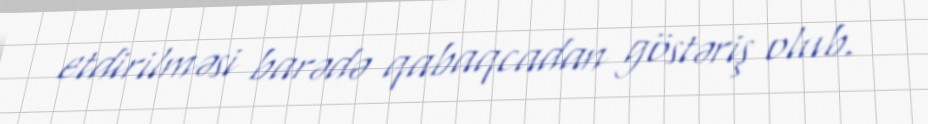
etdirilməsi barədə qabaqcadan göstəriş olub.